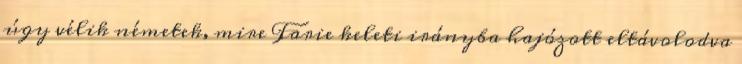
úgy vélik németek, mire Farie keleti irányba hajózott eltávolodva